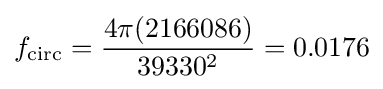
f_{\text{circ}}={\frac {4\pi (2166086)}{39330^{2}}}=0.0176